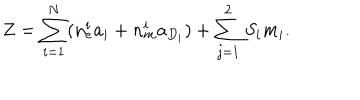
LaTeX: Z = \sum _ { i = 1 } ^ { N } ( n _ { e } ^ { i } a _ { i } + n _ { m } ^ { i } a _ { D _ { i } } ) + \sum _ { j = 1 } ^ { 2 } S _ { i } m _ { i } .